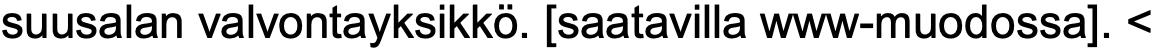
suusalan valvontayksikkö. [saatavilla www-muodossa]. <